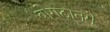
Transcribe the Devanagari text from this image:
बोगटानमे